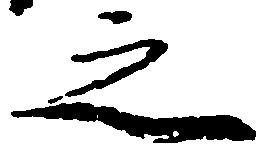
之